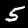
Digit: 5